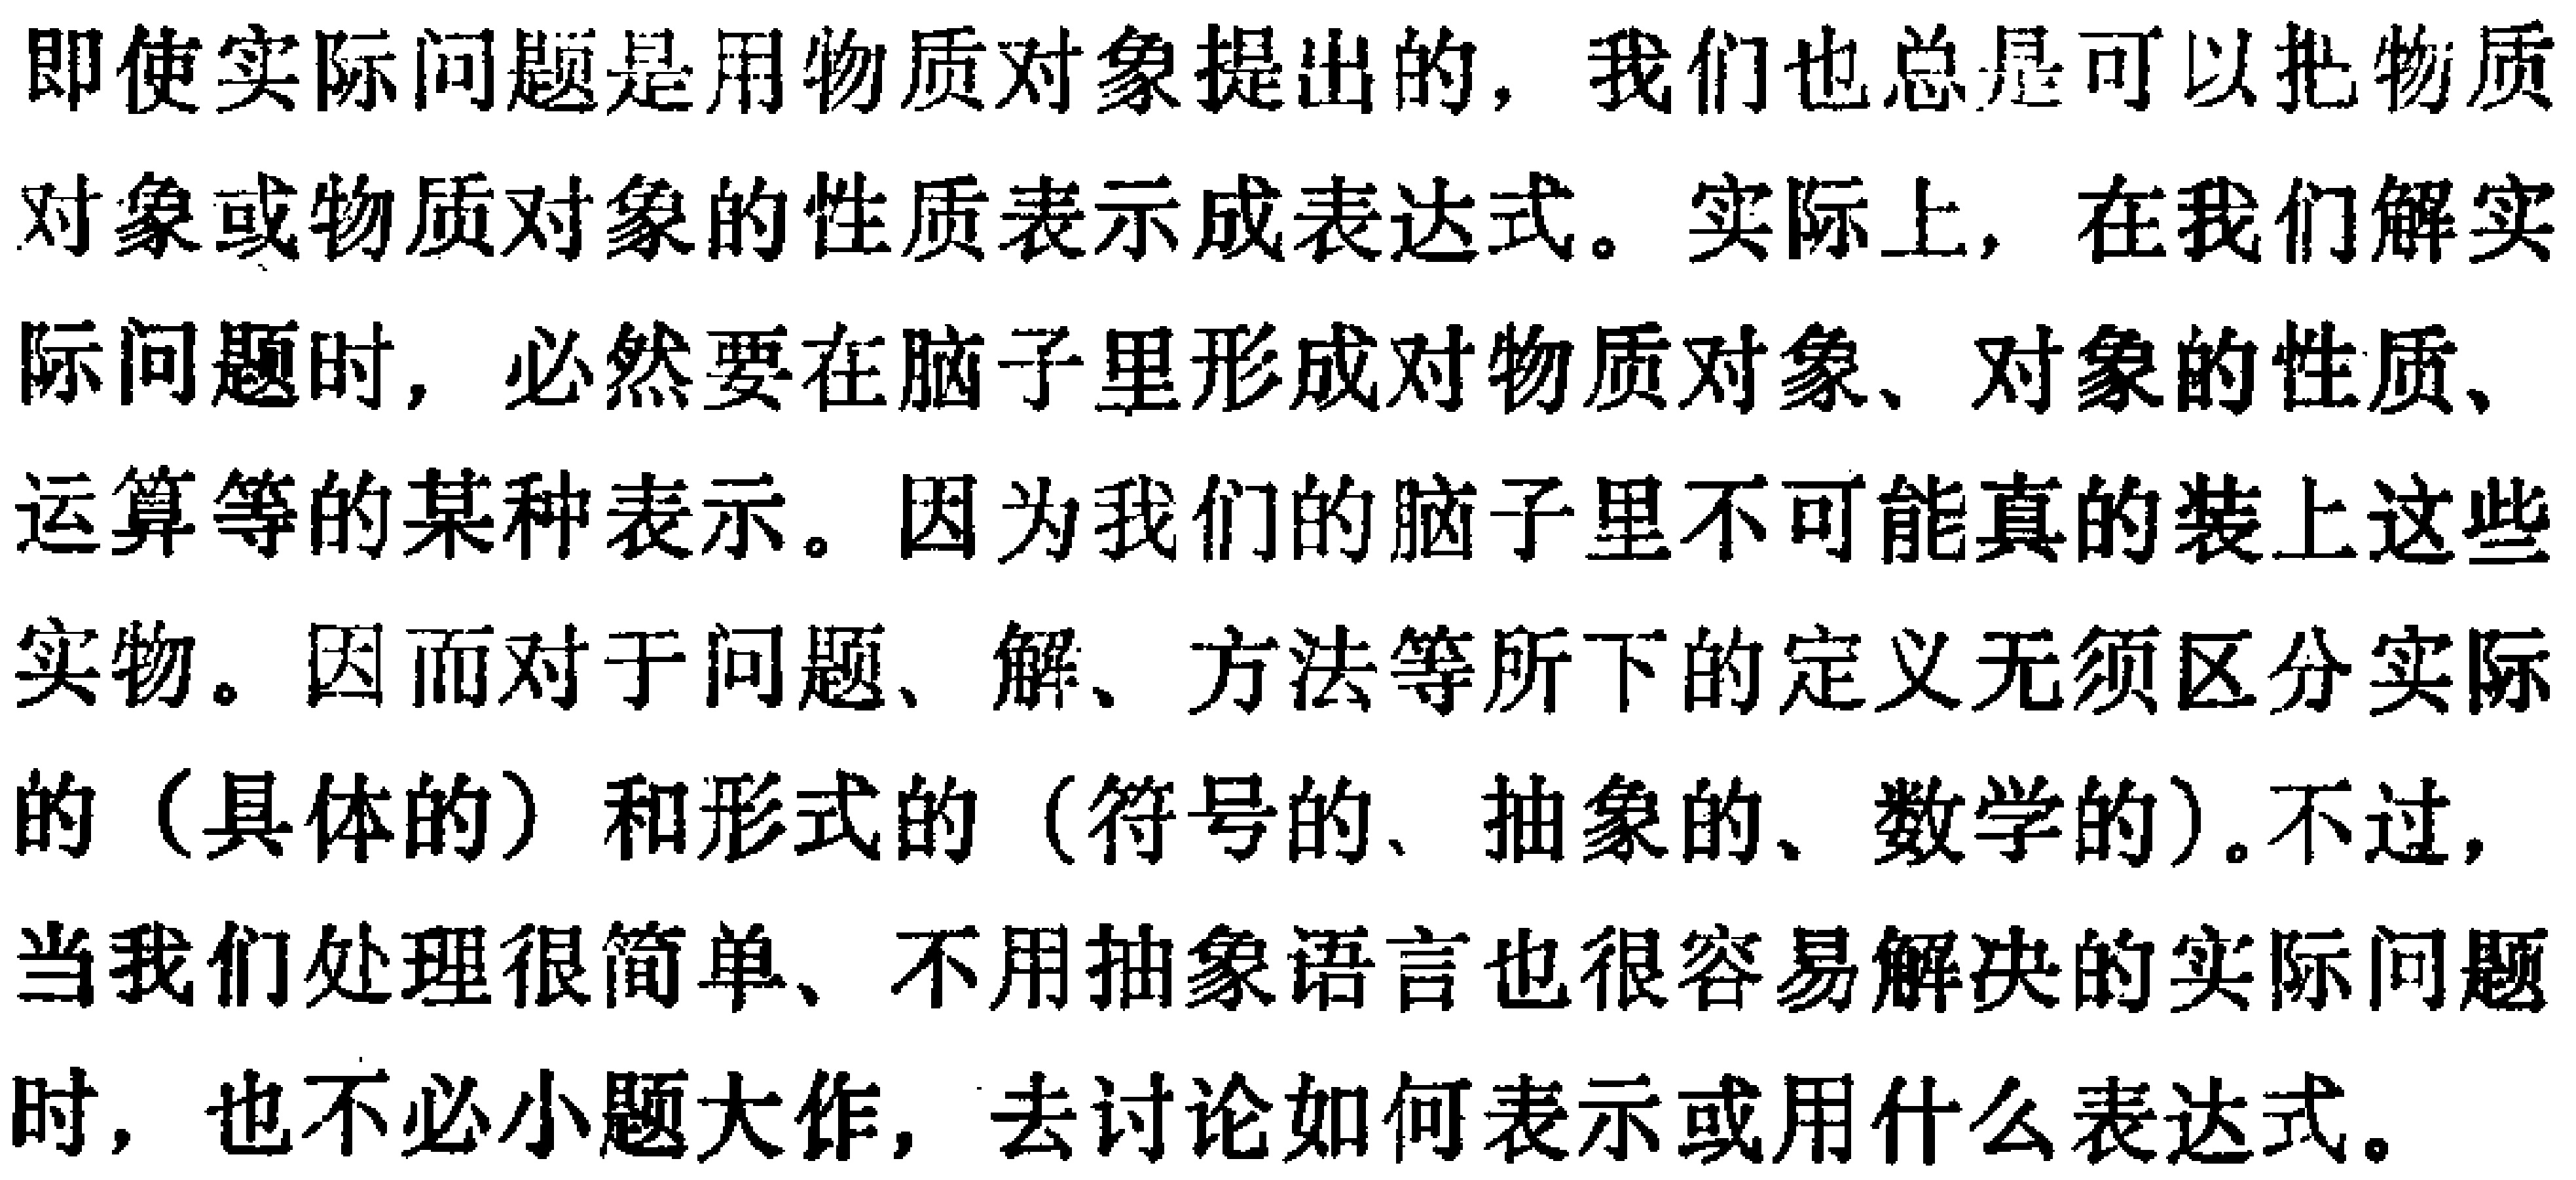
即使实际问题是用物质对象提出的，我们也总是可以把物质对象或物质对象的性质表示成表达式。实际上，在我们解实际问题时，必然要在脑子里形成对物质对象、对象的性质、运算等的某种表示。因为我们的脑子里不可能真的装上这些实物。因而对于问题、解、方法等所下的定义无须区分实际的（具体的）和形式的（符号的、抽象的、数学的）。不过，当我们处理很简单、不用抽象语言也很容易解决的实际问题时，也不必小题大作，去讨论如何表示或用什么表达式。